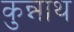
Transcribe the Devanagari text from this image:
कुन्नाथ